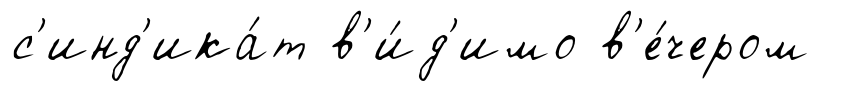
с'инд'ика́т в'и́д'имо в'е́чером